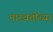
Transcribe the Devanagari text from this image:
मारबतीच्या